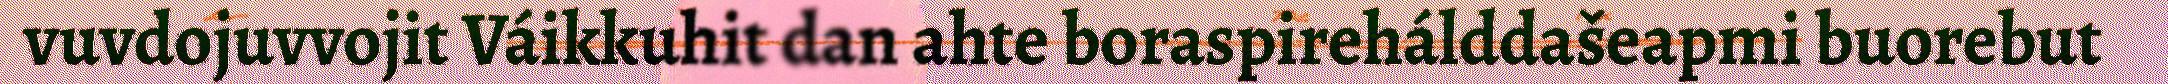
vuvdojuvvojit Váikkuhit dan ahte boraspirehálddašeapmi buorebut